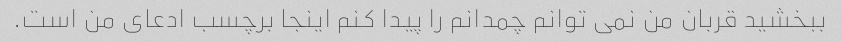
ببخشید قربان من نمی توانم چمدانم را پیدا کنم اینجا برچسب ادعای من است.